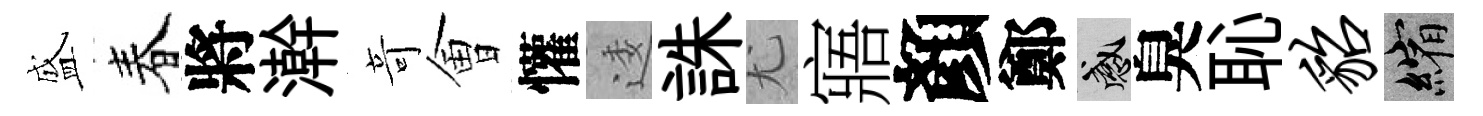
盛春將澣竒㑹懽逶誅尤寤顏鄭感臭恥貂縮